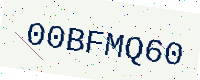
Text: 00BFMQ60